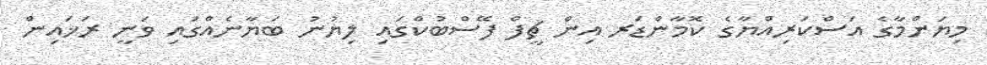
މިޔަންމާގެ އަސްކަރިއްޔާގެ ކޮމާންޑަރ އިން ޗީފް ފޭސްބުކްގައި ލިޔުނު ބަޔާނެއްގައި ވަނީ ރަޚައިން